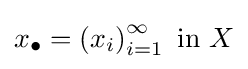
x_{\bullet }=\left(x_{i}\right)_{i=1}^{\infty }{\text{ in }}X